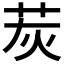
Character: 𦭹